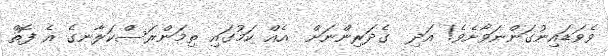
ވެވަޑައިނުގަންނަވާށެވެ! އަދި  ގެދަރިންނަށް  އެއް ކަމުގައި ތިމަންރަސްކަލާނގެ އެ ފޮތް